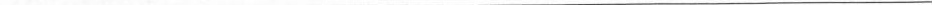
___